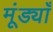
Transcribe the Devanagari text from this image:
मूंड्याँ